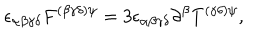
LaTeX: \epsilon _ { \alpha \beta \gamma \delta } F ^ { ( \beta \gamma \delta ) \psi } = 3 \epsilon _ { \alpha \beta \gamma \delta } \partial ^ { \beta } T ^ { ( \gamma \delta ) \psi } ,